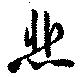
悲